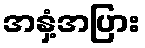
အနှံ့အပြား